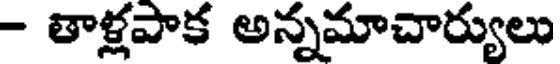
- తాళ్లపాక అన్నమాచార్యులు